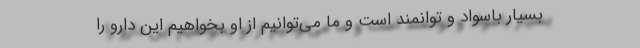
بسیار باسواد و توانمند است و ما می‌توانیم از او بخواهیم این دارو را